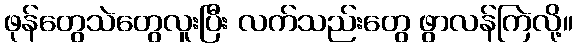
ဖုန်တွေသဲတွေလူးပြီး လက်သည်းတွေ ဖွာလန်ကြဲလို့။